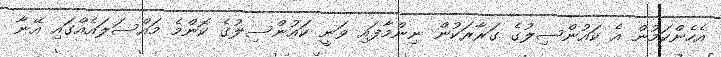
އެހެންކަމުން އެ ކައުންސިލުގެ ގަރާރަކުން ނިންމާފައި ވަނީ ކައުންސިލުގެ ކޮންމެ މައްސަލައެއްގައި އޭނާ